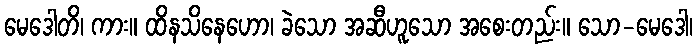
မေဒေါတိ၊ ကား။ ထိနသိနေဟော၊ ခဲသော အဆီဟူသော အစေးတည်း။ သော-မေဒေါ၊